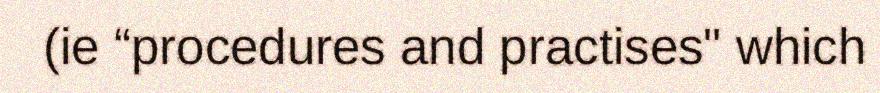
(ie “procedures and practises" which